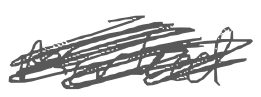
Text: marked
Cross-out: scratch
Writing tool: digital_gray